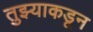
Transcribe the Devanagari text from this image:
तुझ्याकडून